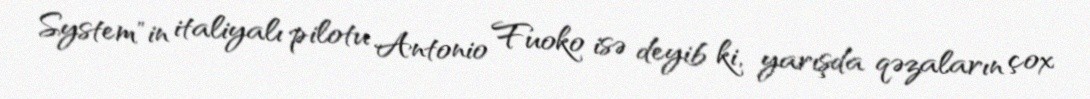
System"in italiyalı pilotu Antonio Fuoko isə deyib ki, yarışda qəzaların çox